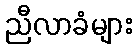
ညီလာခံများ